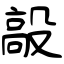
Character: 毃